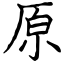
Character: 原